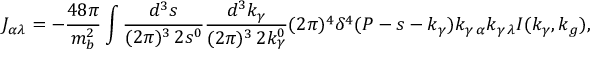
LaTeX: J _ { \alpha \lambda } = - \frac { 4 8 \pi } { m _ { b } ^ { 2 } } \int \frac { d ^ { 3 } s } { ( 2 \pi ) ^ { 3 } \, 2 s ^ { 0 } } \frac { d ^ { 3 } k _ { \gamma } } { ( 2 \pi ) ^ { 3 } \, 2 k _ { \gamma } ^ { 0 } } ( 2 \pi ) ^ { 4 } \delta ^ { 4 } ( P - s - k _ { \gamma } ) k _ { \gamma \, \alpha } k _ { \gamma \, \lambda } I ( k _ { \gamma } , k _ { g } ) ,